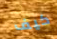
كيف